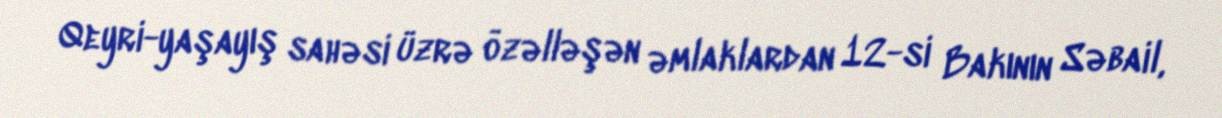
Qeyri-yaşayış sahəsi üzrə özəlləşən əmlaklardan 12-si Bakının Səbail,